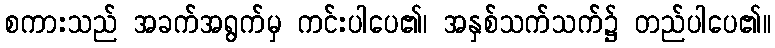
စကားသည် အခက်အရွက်မှ ကင်းပါပေ၏၊ အနှစ်သက်သက်၌ တည်ပါပေ၏။